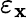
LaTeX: \varepsilon_{\mathbf{x}}